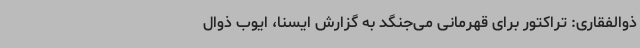
ذوالفقاری: تراکتور برای قهرمانی می‌جنگد به گزارش ایسنا، ایوب ذوال